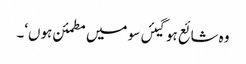
وہ شائع ہوگیئں سو میں مطمئن ہوں‘۔